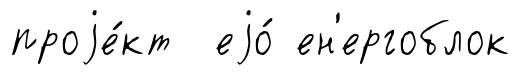
проjе́кт еjо́ ен'ергоблок